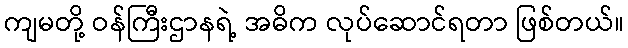
ကျမတို့ ဝန်ကြီးဌာနရဲ့ အဓိက လုပ်ဆောင်ရတာ ဖြစ်တယ်။